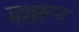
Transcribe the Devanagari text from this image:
मशरूर